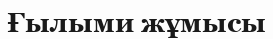
Ғылыми жұмысы